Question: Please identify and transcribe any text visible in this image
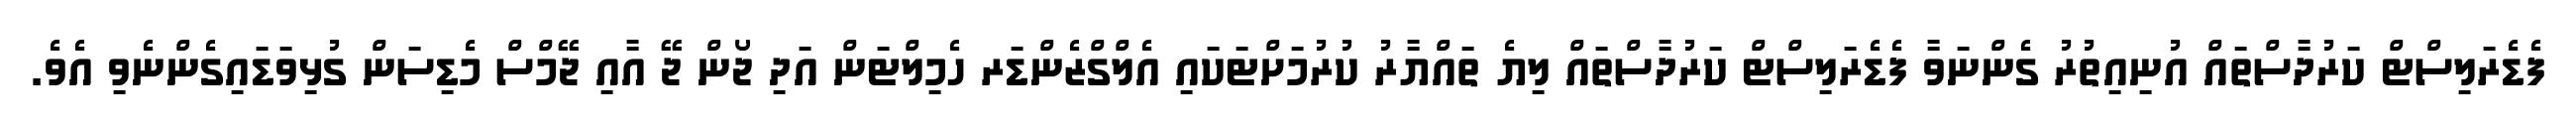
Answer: ފެޑެރަލިސްޓް ކަރުދާސްތައް އުނިއިތުރު ގެންނަވާ ފެޑެރަލިސްޓް ކަރުދާސްތައް ލިޔެ ތައްޔާރު ކުރުމަށްޓަކައި އެލްގްޒެންޑަރ ހެމިލްޓަން އަދި ޖޯން ޖޭ އާއި ޖޭމްސް މެޑިސަން ގުޅިވަޑައިގެންނެވި އެވެ.